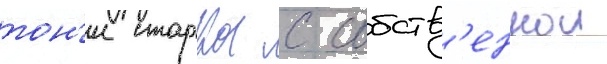
тон'и старка с собств'еннои